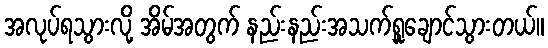
အလုပ်ရသွားလို့ အိမ်အတွက် နည်းနည်းအသက်ရှူချောင်သွားတယ်။